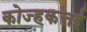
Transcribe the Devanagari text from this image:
कोज्हकत्तई